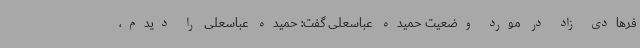
فرهادی زاد در مورد وضعیت حمیده عباسعلی گفت: حمیده عباسعلی را دیدم،